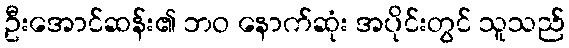
ဦးအောင်ဆန်း၏ ဘဝ နောက်ဆုံး အပိုင်းတွင် သူသည်